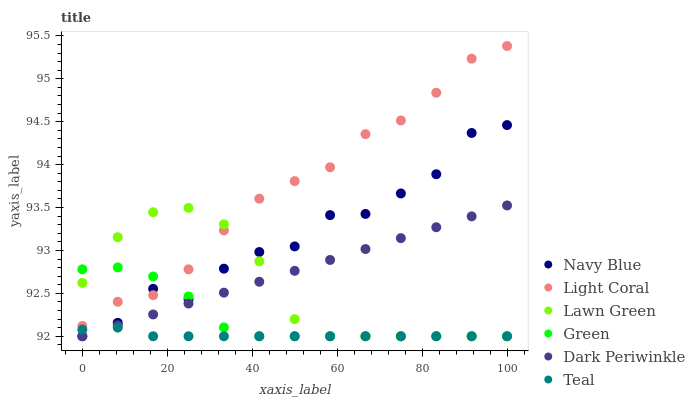
| xaxis_label | Navy Blue | Light Coral | Lawn Green | Green | Dark Periwinkle | Teal |
 | --- | --- | --- | --- | --- | --- | --- |
 | 0 | 92 | 92.1 | 92.6 | 92.8 | 92 | 92.1 |
 | 8.33 | 92.2 | 92.4 | 93.2 | 92.8 | 92.1 | 92.1 |
 | 16.7 | 92.6 | 92.5 | 93.4 | 92.7 | 92.3 | 92 |
 | 25 | 92.4 | 92.8 | 93.5 | 92.5 | 92.4 | 92 |
 | 33.3 | 92.8 | 93.2 | 93.3 | 92.1 | 92.5 | 92 |
 | 41.7 | 93 | 93.6 | 92.9 | 92 | 92.6 | 92 |
 | 50 | 93 | 93.8 | 92.2 | 92 | 92.8 | 92 |
 | 58.3 | 93.4 | 94 | 92 | 92 | 92.9 | 92 |
 | 66.7 | 93.4 | 94.4 | 92 | 92 | 93 | 92 |
 | 75 | 93.7 | 94.5 | 92 | 92 | 93.1 | 92 |
 | 83.3 | 93.9 | 94.8 | 92 | 92 | 93.3 | 92 |
 | 91.7 | 94.4 | 95.2 | 92 | 92 | 93.4 | 92 |
 | 100 | 94.5 | 95.4 | 92 | 92 | 93.5 | 92 |